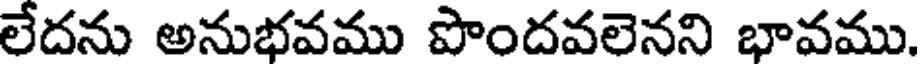
లేదను అనుభవము పొందవలెనని భావము.